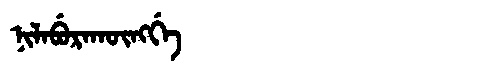
Manchu: ᠨᡳᠯᠠᠪᡠᡵᠠᡴᡡᠩᡤᡝ
Romanization: NILABURAKŪNGGE